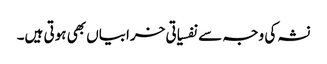
نشہ کی وجہ سے نفسیاتی خرابیاں بھی ہوتی ہیں۔